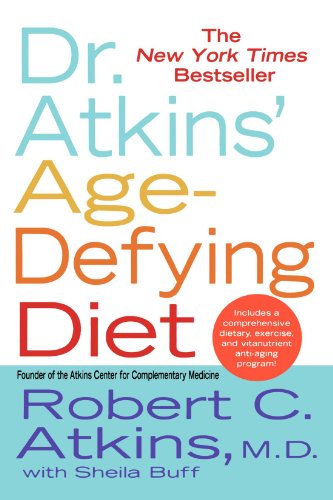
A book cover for Dr. Atkins' Age-Defying Diet; Robert C. Atkins; Health, Fitness & Dieting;